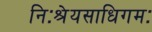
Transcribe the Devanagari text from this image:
निःश्रेयसाधिगमः